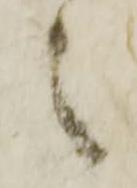
之